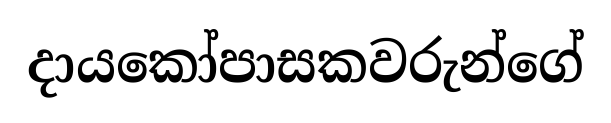
දායකෝපාසකවරුන්ගේ